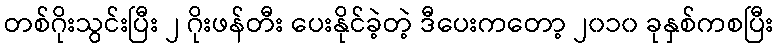
တစ်ဂိုးသွင်းပြီး ၂ ဂိုးဖန်တီး ပေးနိုင်ခဲ့တဲ့ ဒီပေးကတော့ ၂၀၁၀ ခုနှစ်ကစပြီး